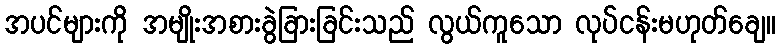
အပင်များကို အမျိုးအစားခွဲခြားခြင်းသည် လွယ်ကူသော လုပ်ငန်းမဟုတ်ချေ။